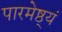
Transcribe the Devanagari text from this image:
पारमेष्ठ्यं